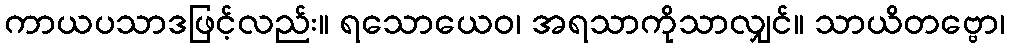
ကာယပသာဒဖြင့်လည်း။ ရသောယေဝ၊ အရသာကိုသာလျှင်။ သာယိတဗ္ဗော၊